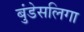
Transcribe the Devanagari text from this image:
बुंडेसलिगा